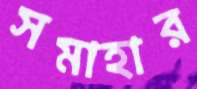
সমাহার